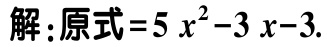
解：原式\(=5x^{2}-3x - 3\)